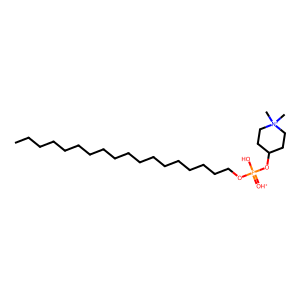
SMILES: CCCCCCCCCCCCCCCCCCOP(O)(=[OH+])OC1CC[N+](C)(C)CC1
Inhibits HIV replication: No